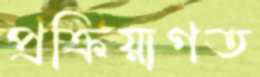
প্রক্রিয়াগত